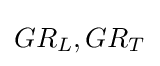
GR_{L},GR_{T}